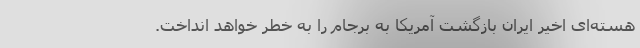
هسته‌ای اخیر ایران بازگشت آمریکا به برجام را به خطر خواهد انداخت.